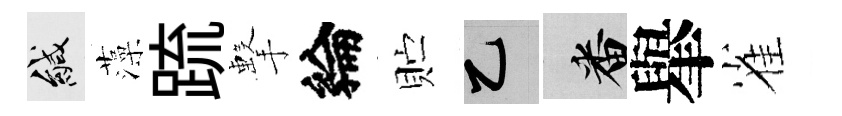
緘藻䟽擊綸贮乙番𦦙雀